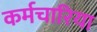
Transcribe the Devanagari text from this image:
कर्मचारिया